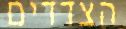
הצדדים